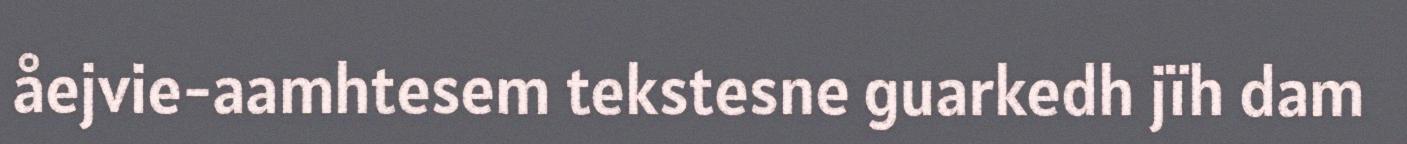
åejvie-aamhtesem tekstesne guarkedh jïh dam